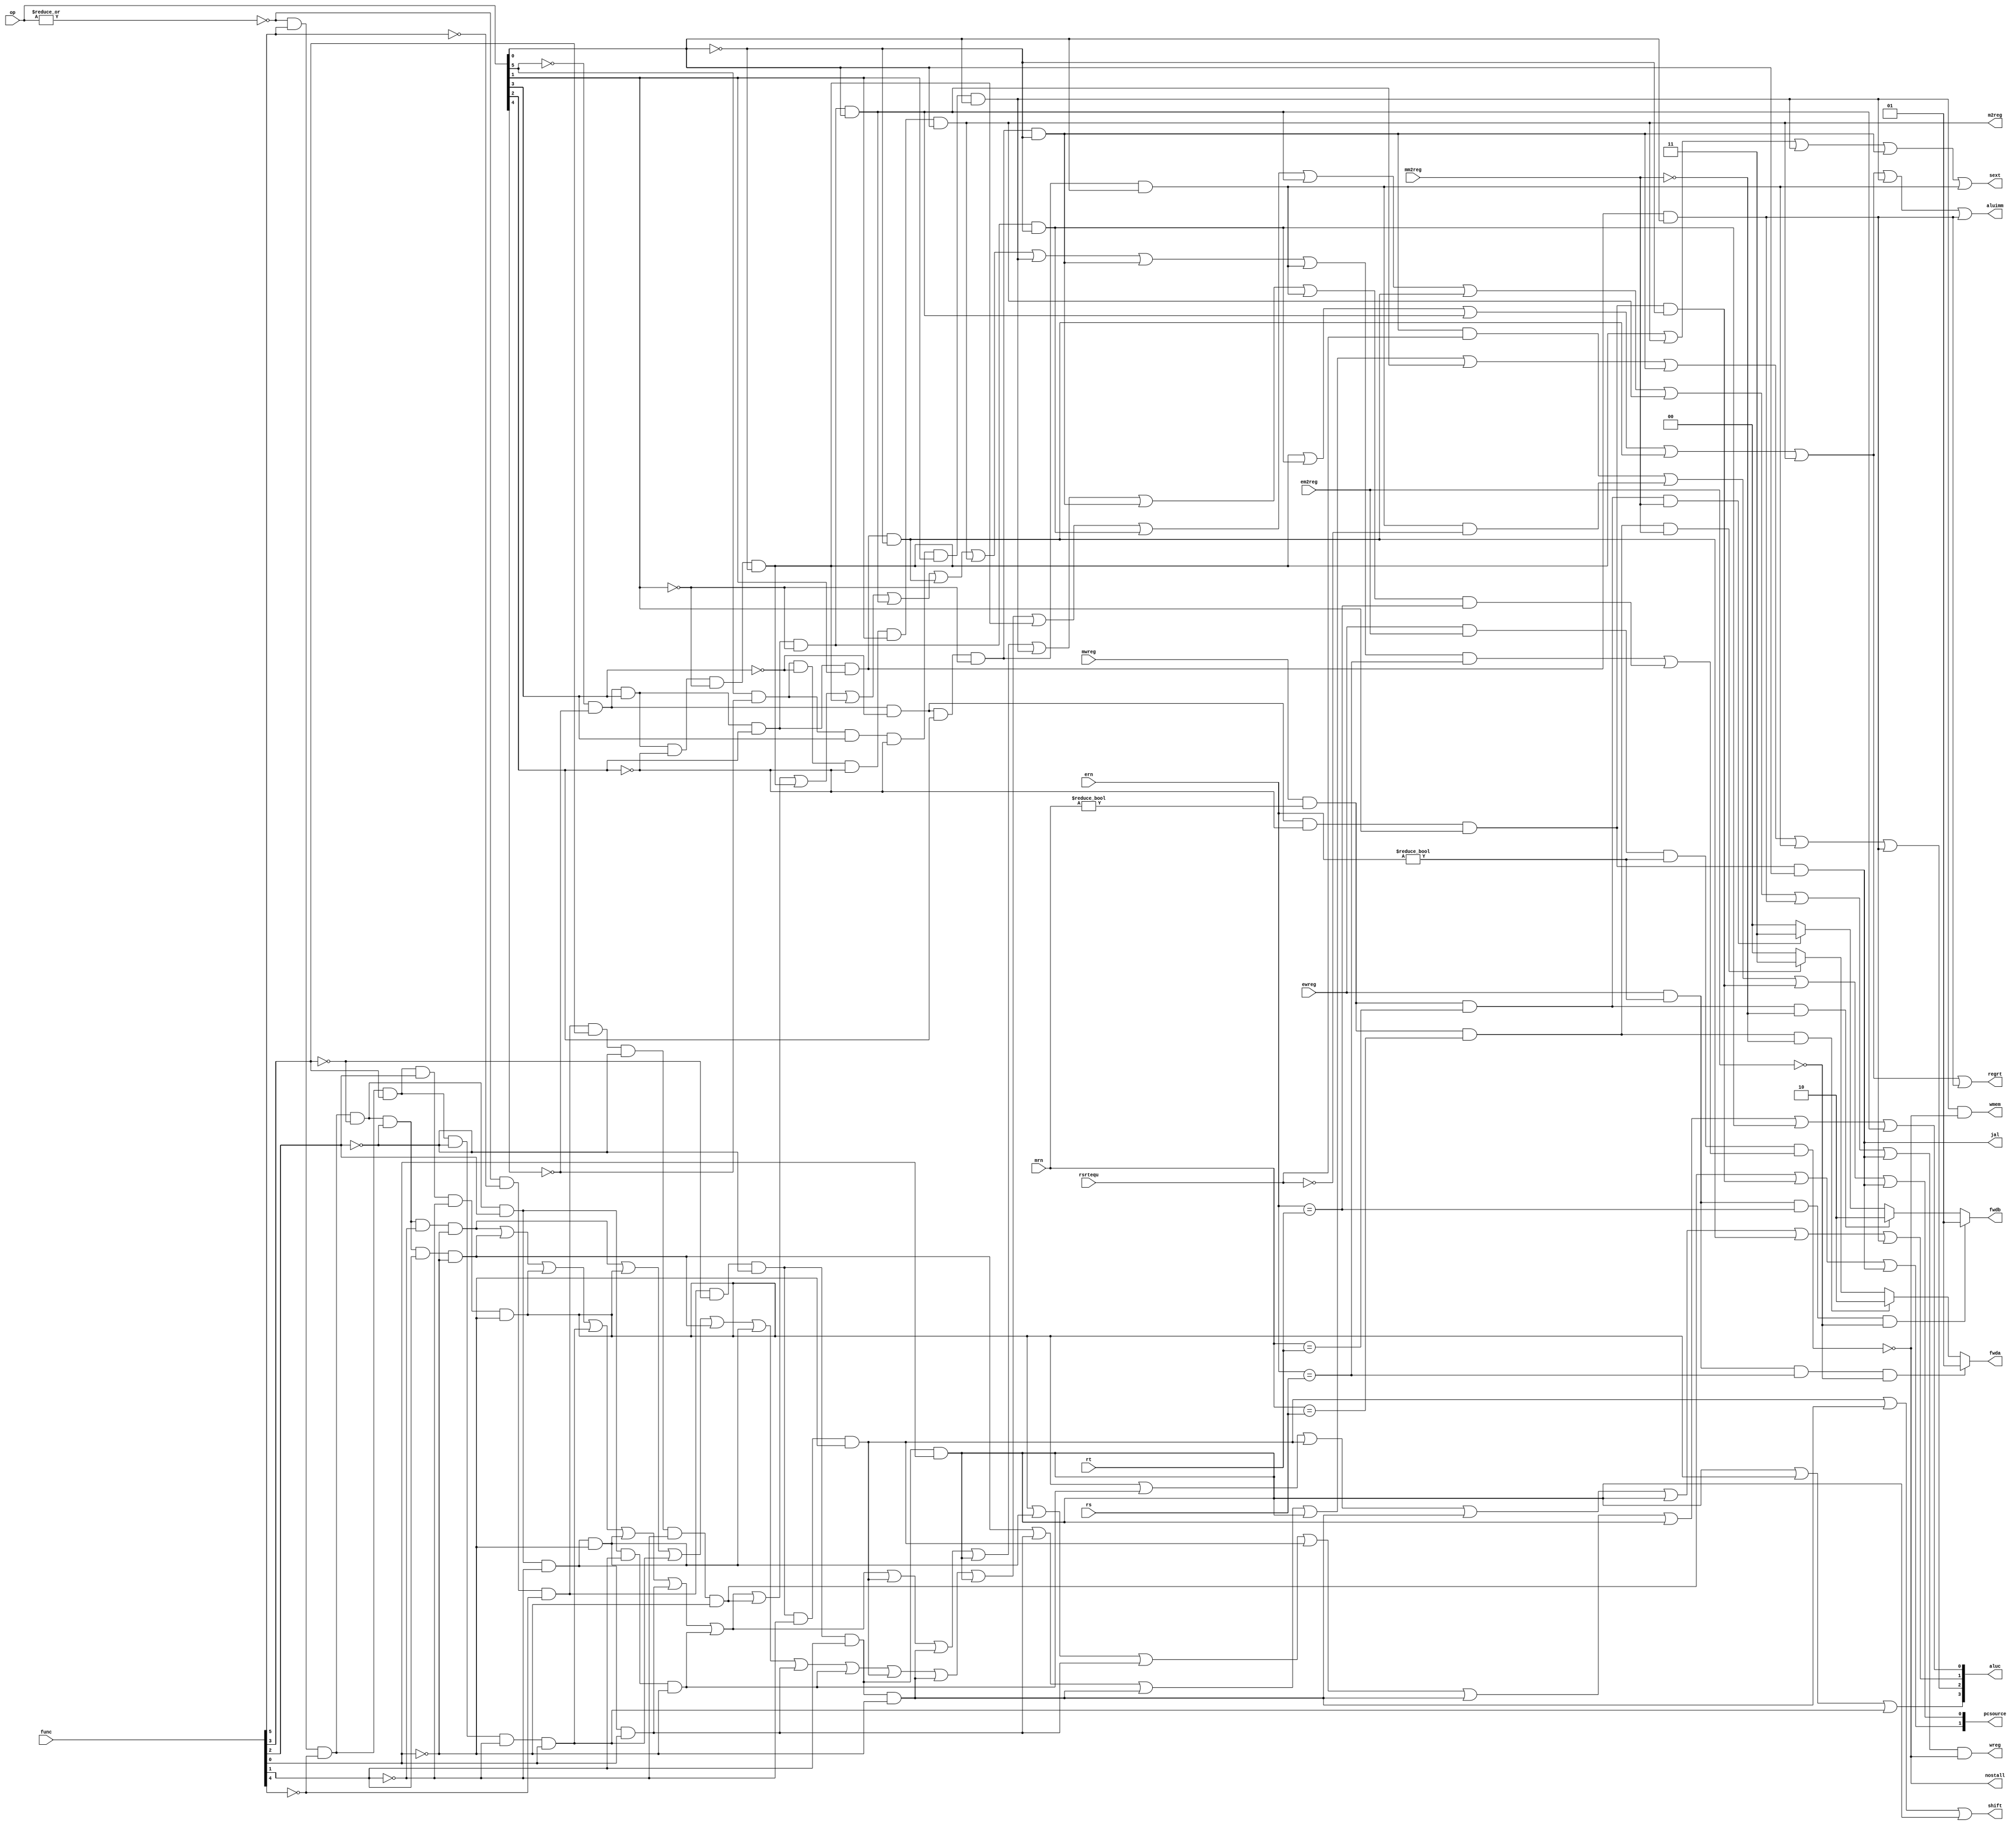
module pipeidcu (mwreg,mrn,ern,ewreg,em2reg,mm2reg,rsrtequ,func,
	            op,rs,rt,wreg,m2reg,wmem,aluc,regrt,aluimm,
	            fwda,fwdb,nostall,sext,pcsource,shift,jal);
	input       mwreg,ewreg,em2reg,mm2reg,rsrtequ;
	input [4:0] mrn,ern,rs,rt;
	input [5:0] func,op;
	output       wreg,m2reg,wmem,regrt,aluimm,sext,shift,jal;
	output [3:0] aluc;
	output [1:0] pcsource,fwda,fwdb;
	output       nostall;
	
	reg [1:0] fwda,fwdb;
	wire r_type = ~|op;
	wire i_add =  r_type &  func[5] & ~func[4] & ~func[3] & ~func[2] & ~func[1] & ~func[0];
	wire i_mul =  r_type &  func[5] & ~func[4] &  func[3] &  func[2] & ~func[1] & ~func[0];
	wire i_div =  r_type &  func[5] & ~func[4] &  func[3] & ~func[2] & ~func[1] &  func[0];
	wire i_sub =  r_type &  func[5] & ~func[4] & ~func[3] & ~func[2] &  func[1] & ~func[0];
	wire i_and =  r_type &  func[5] & ~func[4] & ~func[3] &  func[2] & ~func[1] & ~func[0];
	wire i_or  =  r_type &  func[5] & ~func[4] & ~func[3] &  func[2] & ~func[1] &  func[0];
	wire i_xor =  r_type &  func[5] & ~func[4] & ~func[3] &  func[2] &  func[1] & ~func[0];
	wire i_sll =  r_type & ~func[5] & ~func[4] & ~func[3] & ~func[2] & ~func[1] & ~func[0];
	wire i_srl =  r_type & ~func[5] & ~func[4] & ~func[3] & ~func[2] &  func[1] & ~func[0];
	wire i_sra =  r_type & ~func[5] & ~func[4] & ~func[3] & ~func[2] &  func[1] &  func[0];
	wire i_jr  =  r_type & ~func[5] & ~func[4] &  func[3] & ~func[2] & ~func[1] & ~func[0];
	
	wire i_addi = ~op[5] & ~op[4] &  op[3] & ~op[2] & ~op[1] & ~op[0];
	wire i_andi = ~op[5] & ~op[4] &  op[3] &  op[2] & ~op[1] & ~op[0];
	wire i_ori  = ~op[5] & ~op[4] &  op[3] &  op[2] & ~op[1] &  op[0];
	wire i_xori = ~op[5] & ~op[4] &  op[3] &  op[2] &  op[1] & ~op[0];
	wire i_lw   =  op[5] & ~op[4] & ~op[3] & ~op[2] &  op[1] &  op[0];
	wire i_sw   =  op[5] & ~op[4] &  op[3] & ~op[2] &  op[1] &  op[0];
	wire i_beq  = ~op[5] & ~op[4] & ~op[3] &  op[2] & ~op[1] & ~op[0];
	wire i_bne  = ~op[5] & ~op[4] & ~op[3] &  op[2] & ~op[1] &  op[0];
	wire i_lui  = ~op[5] & ~op[4] &  op[3] &  op[2] &  op[1] &  op[0];
	wire i_j    = ~op[5] & ~op[4] & ~op[3] & ~op[2] &  op[1] & ~op[0];
	wire i_jal  = ~op[5] & ~op[4] & ~op[3] & ~op[2] &  op[1] &  op[0];

	wire i_rs = i_add  | i_sub | i_mul  | i_div | i_and | i_or  | i_xor | i_jr | i_addi |
				i_addi | i_ori | i_xori | i_lw  | i_sw  | i_beq | i_bne;
	wire i_rt = i_add  | i_sub | i_mul  | i_div | i_and | i_or  | i_xor | i_sll | i_srl |
				i_sra | i_sw  | i_beq | i_bne;
				
	assign nostall = ~(ewreg & em2reg & (ern != 0) & (i_rs & (ern == rs) | i_rt & (ern == rt)));
	
	assign pcsource[1] = i_jr | i_j | i_jal;
	assign pcsource[0] = ( i_beq & rsrtequ ) | (i_bne & ~rsrtequ) | i_j | i_jal ;
	
    assign wreg = (i_add | i_mul | i_div | i_sub  | i_and  | i_or  | i_xor  |
				   i_sll | i_srl | i_sra | i_addi | i_andi | i_ori | i_xori |
				   i_lw  | i_lui | i_jal) & nostall;
	
	assign aluc[3] = i_sra  | i_mul  | i_div;
	assign aluc[2] = i_sub  | i_or   | i_srl | i_sra  | i_ori | i_beq  | i_bne  | i_lui;
	assign aluc[1] = i_mul  | i_xor  | i_sll | i_srl  | i_sra | i_xori | i_lui;
	assign aluc[0] = i_mul  | i_and  | i_or  | i_sll  | i_srl | i_sra  | i_andi | i_ori;
	
	
	assign aluimm  = i_addi | i_andi | i_ori | i_xori | i_lw  | i_sw   | i_lui;
	assign regrt   = i_addi | i_andi | i_ori | i_xori | i_lw  | i_lui;
	assign sext    = i_addi | i_lw   | i_sw  | i_beq  | i_bne;
	assign shift   = i_sll  | i_srl  | i_sra;
	assign wmem    = i_sw & nostall;
	assign m2reg   = i_lw;
	assign jal     = i_jal;
	
	always @ (*)
	begin
		fwda = 2'b00;
		if (ewreg & (ern != 0) & (ern == rs) & ~em2reg)
			fwda = 2'b01;
		else if (mwreg & (mrn != 0) & (mrn == rs) & ~mm2reg)
			fwda = 2'b10;
		else if (mwreg & (mrn != 0) & (mrn == rs) & mm2reg)
			fwda = 2'b11;
	end
	
	always @ (*)
	begin
		fwdb = 2'b00;
		if (ewreg & (ern != 0) & (ern == rt) & ~em2reg)
			fwdb = 2'b01;
		else if (mwreg & (mrn != 0) & (mrn == rt) & ~mm2reg)
			fwdb = 2'b10;
		else if (mwreg & (mrn != 0) & (mrn == rt) & mm2reg)
			fwdb = 2'b11;
	end
endmodule